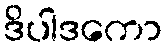
ဒိပါဒကော